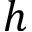
h